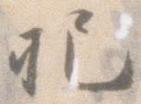
把